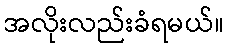
အလိုးလည်းခံရမယ်။